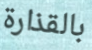
بالقذارة